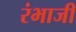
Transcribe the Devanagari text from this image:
रंभाजी